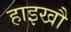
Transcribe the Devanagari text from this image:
हाइखौ